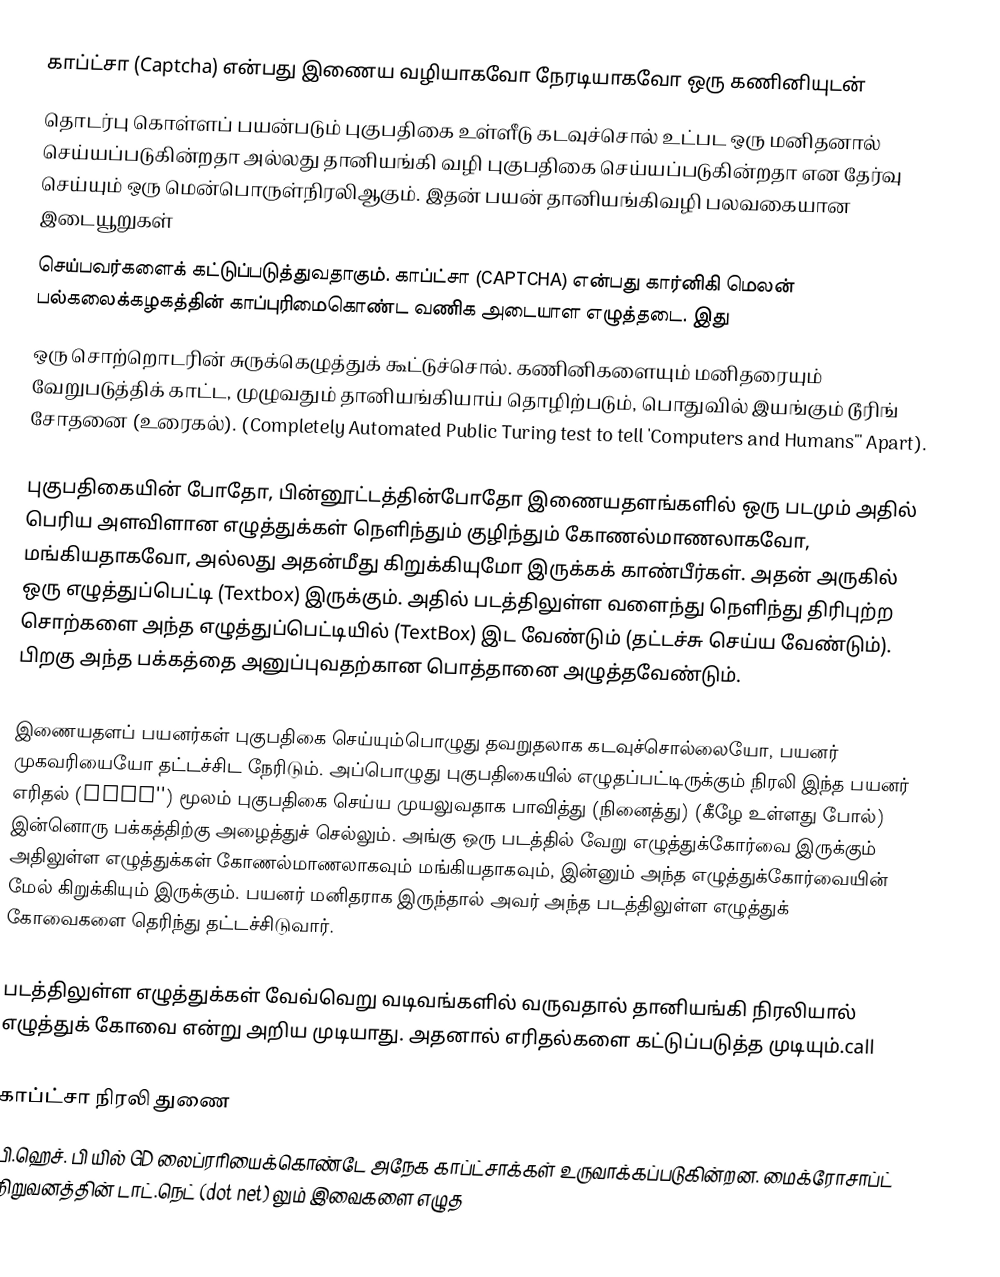
காப்ட்சா (Captcha) என்பது இணைய வழியாகவோ நேரடியாகவோ ஒரு கணினியுடன்
தொடர்பு கொள்ளப் பயன்படும் புகுபதிகை உள்ளீடு கடவுச்சொல் உட்பட ஒரு மனிதனால் செய்யப்படுகின்றதா அல்லது தானியங்கி வழி புகுபதிகை செய்யப்படுகின்றதா என தேர்வு செய்யும் ஒரு       மென்பொருள்நிரலிஆகும். இதன் பயன் தானியங்கிவழி பலவகையான இடையூறுகள்
செய்பவர்களைக் கட்டுப்படுத்துவதாகும். காப்ட்சா (CAPTCHA) என்பது கார்னிகி மெலன் பல்கலைக்கழகத்தின் காப்புரிமைகொண்ட வணிக அடையாள எழுத்தடை. இது
ஒரு சொற்றொடரின் சுருக்கெழுத்துக் கூட்டுச்சொல். கணினிகளையும் மனிதரையும் வேறுபடுத்திக் காட்ட, முழுவதும் தானியங்கியாய் தொழிற்படும், பொதுவில் இயங்கும் டூரிங் சோதனை (உரைகல்). (Completely Automated Public  Turing test to tell 'Computers and Humans"' Apart).

புகுபதிகையின் போதோ, பின்னூட்டத்தின்போதோ இணையதளங்களில் ஒரு படமும் அதில் பெரிய அளவிளான எழுத்துக்கள் நெளிந்தும் குழிந்தும் கோணல்மாணலாகவோ, மங்கியதாகவோ, அல்லது அதன்மீது கிறுக்கியுமோ இருக்கக் காண்பீர்கள். அதன் அருகில் ஒரு எழுத்துப்பெட்டி (Textbox) இருக்கும். அதில் படத்திலுள்ள வளைந்து நெளிந்து திரிபுற்ற சொற்களை அந்த எழுத்துப்பெட்டியில் (TextBox) இட வேண்டும் (தட்டச்சு செய்ய வேண்டும்). பிறகு அந்த பக்கத்தை அனுப்புவதற்கான பொத்தானை அழுத்தவேண்டும்.

இணையதளப் பயனர்கள் புகுபதிகை செய்யும்பொழுது தவறுதலாக கடவுச்சொல்லையோ, பயனர் முகவரியையோ தட்டச்சிட நேரிடும். அப்பொழுது புகுபதிகையில் எழுதப்பட்டிருக்கும் நிரலி இந்த பயனர் எரிதல் (spam'') மூலம் புகுபதிகை செய்ய முயலுவதாக பாவித்து (நினைத்து) (கீழே உள்ளது போல்) இன்னொரு பக்கத்திற்கு அழைத்துச் செல்லும். அங்கு ஒரு படத்தில் வேறு எழுத்துக்கோர்வை இருக்கும் அதிலுள்ள எழுத்துக்கள் கோணல்மாணலாகவும் மங்கியதாகவும், இன்னும் அந்த எழுத்துக்கோர்வையின் மேல் கிறுக்கியும் இருக்கும். பயனர் மனிதராக இருந்தால் அவர் அந்த படத்திலுள்ள எழுத்துக் கோவைகளை தெரிந்து தட்டச்சிடுவார்.

படத்திலுள்ள எழுத்துக்கள் வேவ்வெறு வடிவங்களில் வருவதால் தானியங்கி நிரலியால் எழுத்துக் கோவை என்று அறிய முடியாது. அதனால் எரிதல்களை கட்டுப்படுத்த முடியும்.call

காப்ட்சா நிரலி துணை
பி.ஹெச். பி யில் GD லைப்ரரியைக்கொண்டே அநேக காப்ட்சாக்கள் உருவாக்கப்படுகின்றன. மைக்ரோசாப்ட் நிறுவனத்தின் டாட்.நெட் (dot net) லும் இவைகளை எழுத